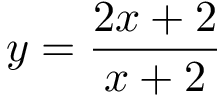
y = { \frac { 2 x + 2 } { x + 2 } }